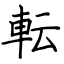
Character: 転